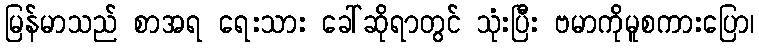
မြန်မာသည် စာအရ ရေးသား ခေါ်ဆိုရာတွင် သုံးပြီး ဗမာကိုမူစကားပြော၊